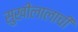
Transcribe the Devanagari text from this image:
सुखीलालाची